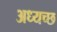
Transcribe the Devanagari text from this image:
अध्यच्छ